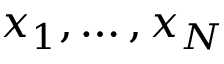
x _ { 1 } , \ldots , x _ { N }